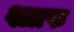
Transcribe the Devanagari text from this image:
श्लाफ